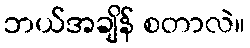
ဘယ်အချိန် စတာလဲ။